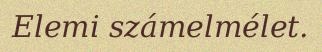
Elemi számelmélet.